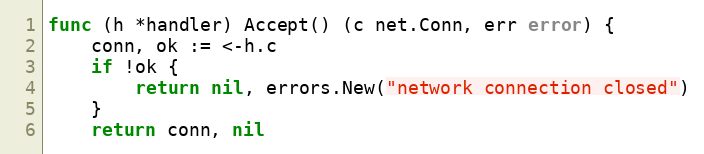
Language: Go
func (h *handler) Accept() (c net.Conn, err error) {
	conn, ok := <-h.c
	if !ok {
		return nil, errors.New("network connection closed")
	}
	return conn, nil